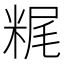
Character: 䊊